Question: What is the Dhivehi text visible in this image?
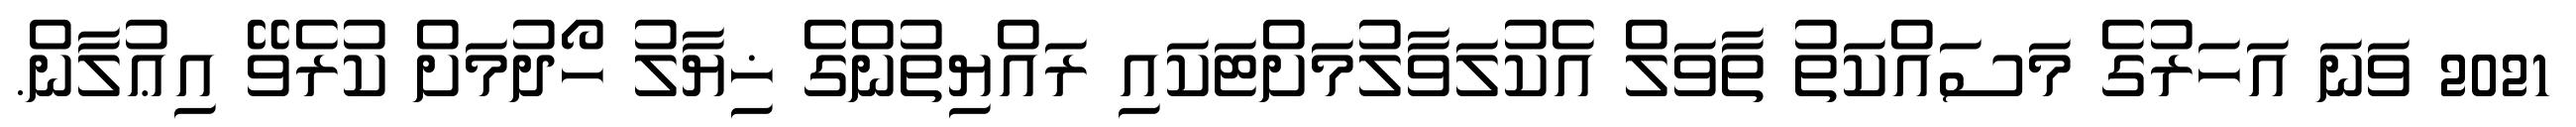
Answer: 2021 ވަނަ އަހަރުގެ މަސައްކަތު ތާވަލް އެކުލަވާލުމަށްޓަކައި ރައްޔިތުންގެ ޚިޔާލު ހޯދުމަށް ކުރެވޭ އިޢުލާން.